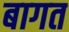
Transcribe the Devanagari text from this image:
बागत